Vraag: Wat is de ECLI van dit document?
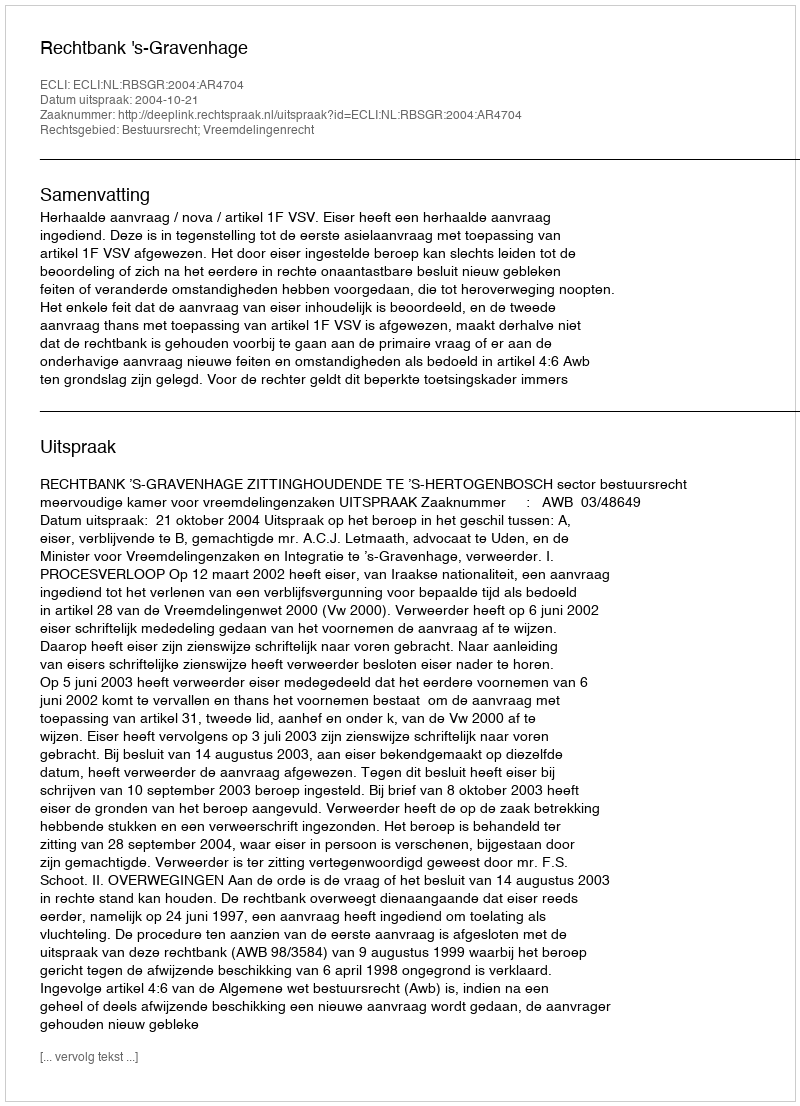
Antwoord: ECLI:NL:RBSGR:2004:AR4704